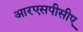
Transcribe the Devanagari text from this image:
आरएसपीसीए